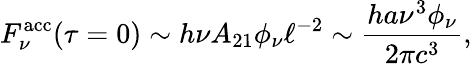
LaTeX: F_{\nu}^{\mathrm{acc}}({\tau=0})\sim h\nu A_{21}\phi_{\nu}\ell^{-2}\sim\frac{ha\nu^{3}\phi_{\nu}}{2\pi c^{3}},